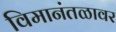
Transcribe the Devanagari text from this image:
विमानंतळावर